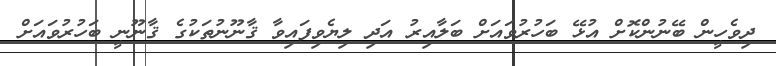
ދިވެހީން ބޭނުންކޮށް އުޅޭ ބަހުރުވައަށް ބަލާއިރު އަދި ލިޔެވިފައިވާ ޤާނޫނުތަކުގެ ޤާނޫނީ ބަހުރުވައަށް